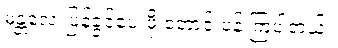
မန္တလေးပြန်ခွင့်ပေးဖို့ တောင်းပန် ကြပါတယ်။